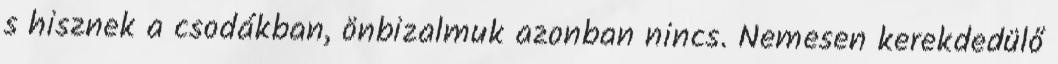
s hisznek a csodákban, önbizalmuk azonban nincs. Nemesen kerekdedülő